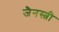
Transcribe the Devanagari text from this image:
जैनस्त्री